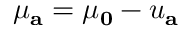
\mu _ { \mathbf { a } } = \mu _ { \mathbf { 0 } } - u _ { \mathbf { a } }